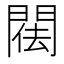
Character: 𨴿